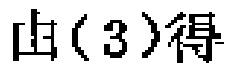
由（3）得